Scottish Leaving Certificate Examination, 1954
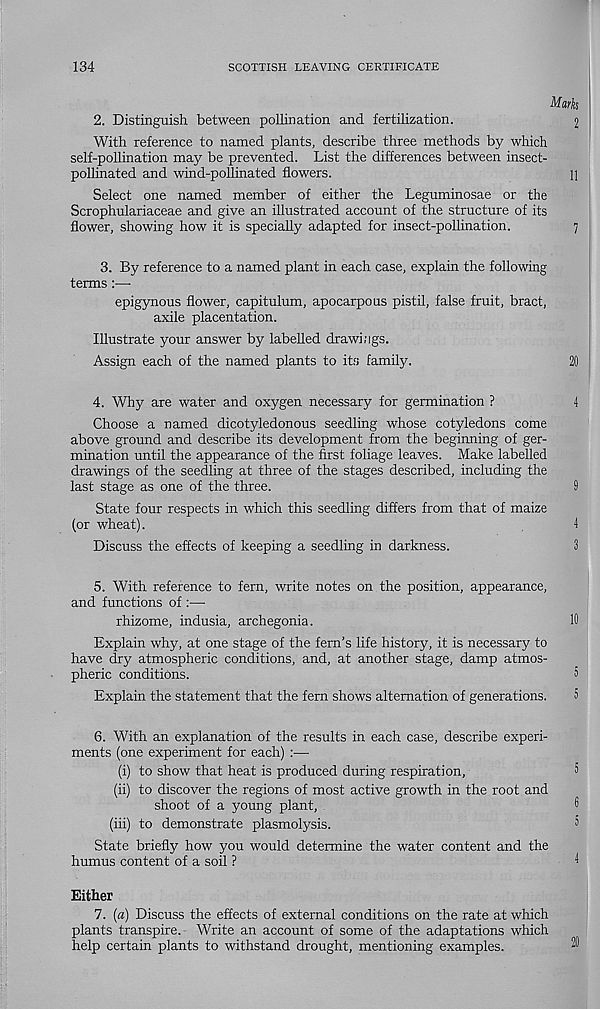
134
SCOTTISH LEAVING CERTIFICATE
Mark
2. Distinguish between pollination and fertilization.
2
With reference to named plants, describe three methods by which
self-pollination may be prevented. List the differences between insect-
pollinated and wind-pollinated flowers.
11
Select one named member of either the Leguminosae or the
Scrophulariaceae and give an illustrated account of the structure of its
flower, showing how it is specially adapted for insect-pollination.
7
3. By reference to a named plant in each case, explain the following
terms :—•
epigynous flower, capitulum, apocarpous pistil, false fruit, bract,
axile placentation.
Illustrate your answer by labelled drawings.
Assign each of the named plants to its family.
20
4. Why are water and oxygen necessary for germination ?
4
Choose a named dicotyledonous seedling whose cotyledons come
above ground and describe its development from the beginning of ger-
mination until the appearance of the first foliage leaves. Make labelled
drawings of the seedling at three of the stages described, including the
last stage as one of the three.
9
State four respects in which this seedling differs from that of maize
(or wheat).
4
Discuss the effects of keeping a seedling in darkness.
3
5. With reference to fern, write notes on the position, appearance,
and functions of :—
rhizome, indusia, archegonia.
10
Explain why, at one stage of the fern’s life history, it is necessary to
have dry atmospheric conditions, and, at another stage, damp atmos-
pheric conditions.
5
Explain the statement that the fern shows alternation of generations.
5
6. With an explanation of the results in each case, describe experi-
ments (one experiment for each) :—
(i) to show that heat is produced during respiration,
5
(ii) to discover the regions of most active growth in the root and
shoot of a young plant,
3
(iii) to demonstrate plasmolysis.
3
State briefly how you would determine the water content and the
humus content of a soil ?
4
Either
7. (a) Discuss the effects of external conditions on the rate at which
plants transpire. Write an account of some of the adaptations which
help certain plants to withstand drought, mentioning examples.